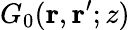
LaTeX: G_{0}(\mathbf r,\mathbf r^{\prime};z)